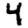
Digit: 4